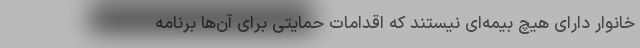
خانوار دارای هیچ بیمه‌ای نیستند که اقدامات حمایتی برای آن‌ها برنامه